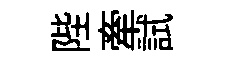
陛牽試